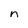
Character: n